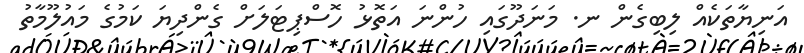
އަނިޔާތަކެއް ލިބިގެން ނ. މަނަދޫގައި ހުންނަ އަތޮޅު ހޮސްޕިޓަލަށް ގެންދިޔަ ކަމުގެ މައުލޫމާތު